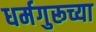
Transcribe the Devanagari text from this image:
धर्मगुरूच्या